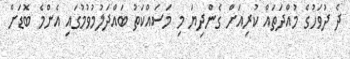
ދެ ދުވަހުގެ މުއްދަތައް ކުރިއަށް ގެންދިޔަ މި މަސައްކަތު ބައްދަލުމުވުމުގައި އެންމެ ބޮޑަށް